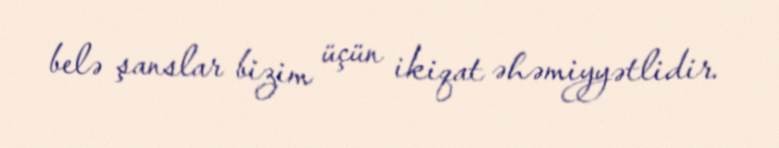
belə şanslar bizim üçün ikiqat əhəmiyyətlidir.